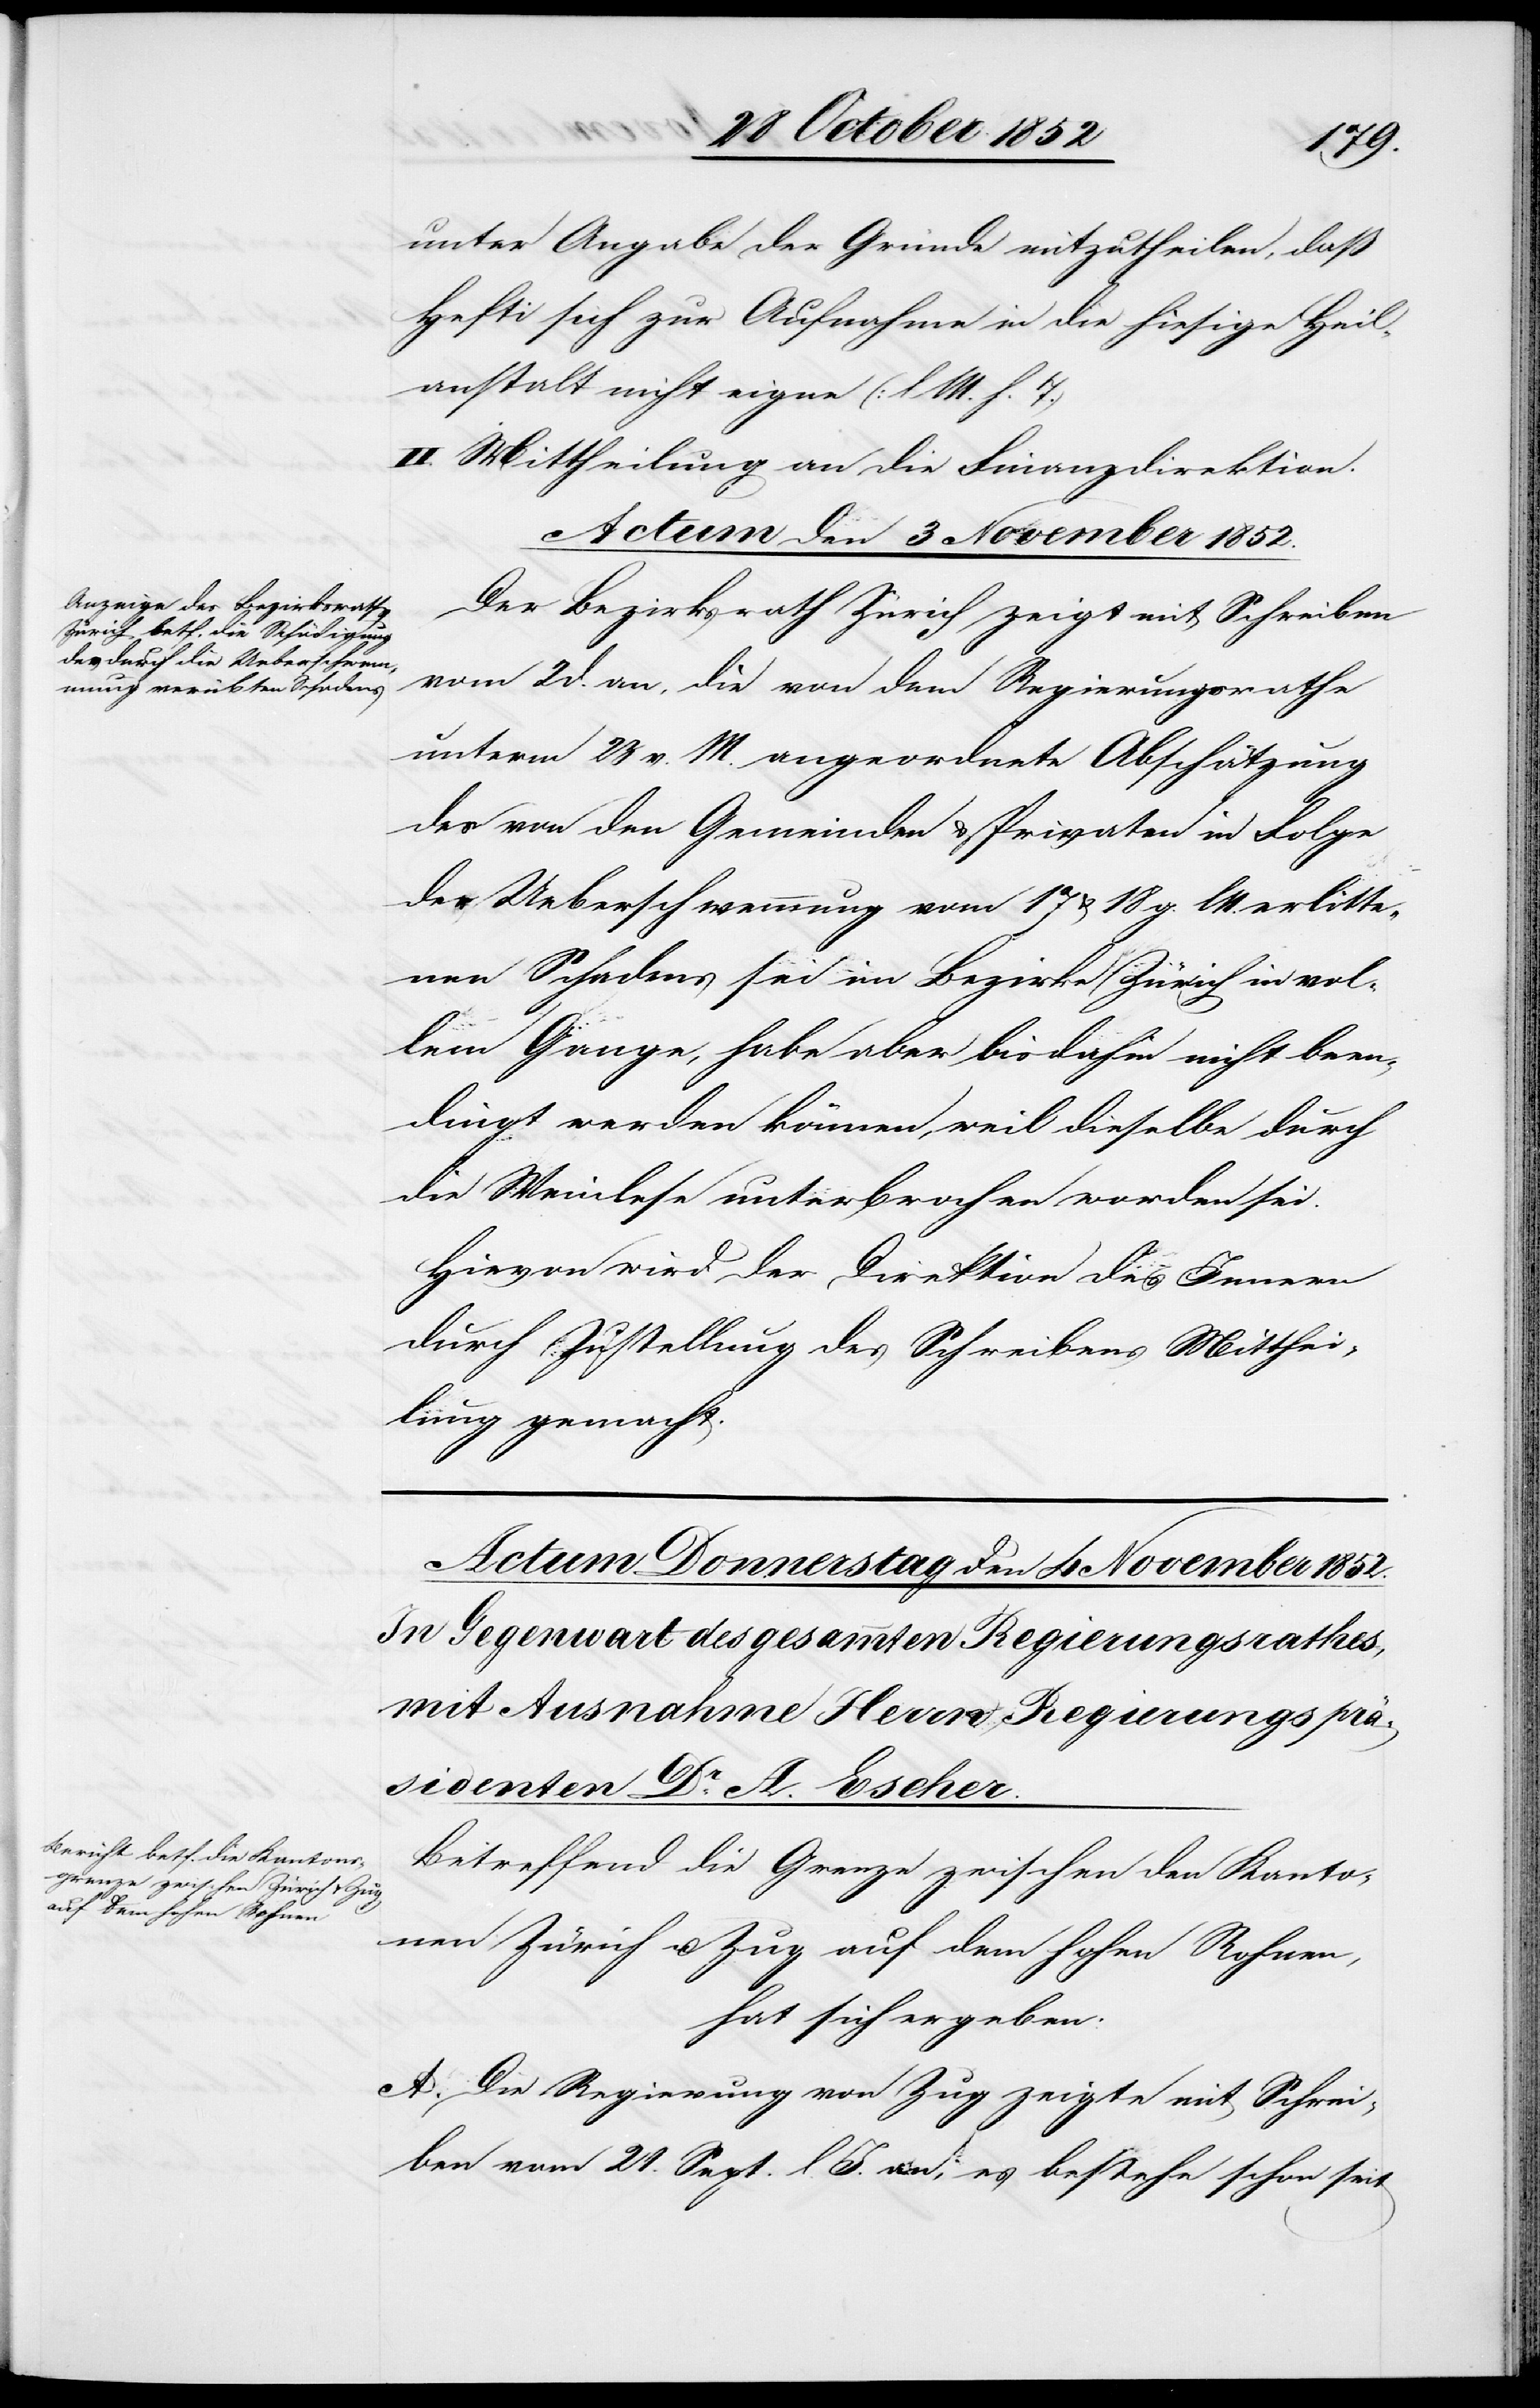
dingt
unter Angabe der Gründe mitzutheilen, daß
Hefti sich zur Aufnahme in die hiesige Heil¬
anstalt nicht eigne (l M. h. T.)
II. Mittheilung an die Finanzdirektion.
Actum den 3 November 1852.
been¬
Der Bezirksrath Zürich zeigt mit Schreiben
vom 2 d. an, die von dem Regierungsrathe
unterm 23 v. M. angeordnete Abschätzung
des von den Gemeinden & Privaten in Folge
der Ueberschwemmung vom 17 & 18 g. lM. [recte:
nen Schadens sei im Bezirke Zürich in vol¬
lem Gange, habe aber bisdahin nicht been¬
digt] werden können, weil dieselbe durch
die Weinlese unterbrochen worden sei.
Hievon wird der Direktion des Innern
durch Zustellung des Schreibens Mitthei¬
lung gemacht.
Betreffend die Grenze zwischen den Kanto¬
nen Zürich u. Zug auf dem hohen Rohnen,
hat sich ergeben:
A. Die Regierung von Zug zeigte mit Schrei¬
ben vom 21. Sept. l. J. an, es bestehe schon seit